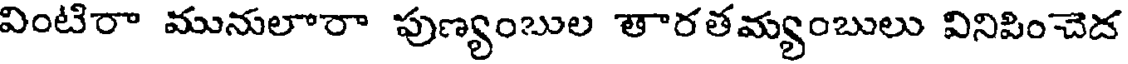
వింటిరా మునులారా పుణ్యంబుల తారతమ్యంబులు వినిపించెద